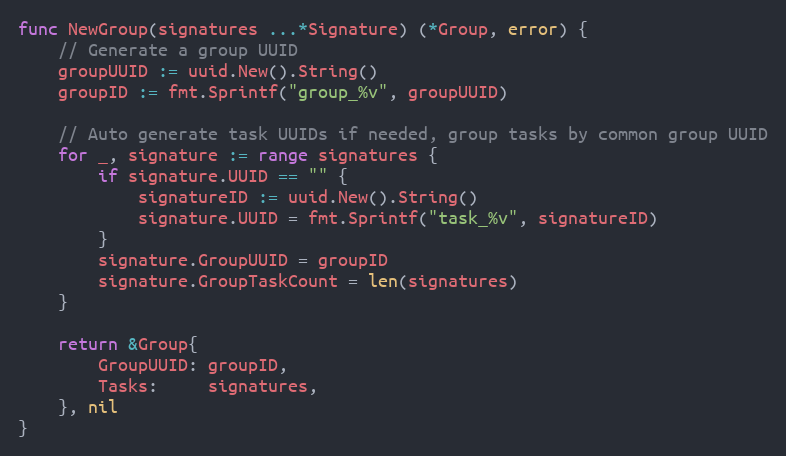
Language: Go
func NewGroup(signatures ...*Signature) (*Group, error) {
	// Generate a group UUID
	groupUUID := uuid.New().String()
	groupID := fmt.Sprintf("group_%v", groupUUID)

	// Auto generate task UUIDs if needed, group tasks by common group UUID
	for _, signature := range signatures {
		if signature.UUID == "" {
			signatureID := uuid.New().String()
			signature.UUID = fmt.Sprintf("task_%v", signatureID)
		}
		signature.GroupUUID = groupID
		signature.GroupTaskCount = len(signatures)
	}

	return &Group{
		GroupUUID: groupID,
		Tasks:     signatures,
	}, nil
}